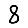
Digit: 8